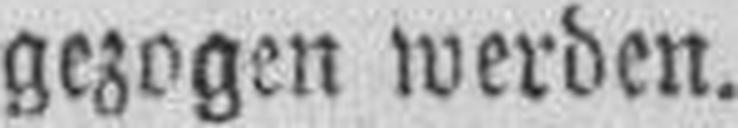
gezogen werden.